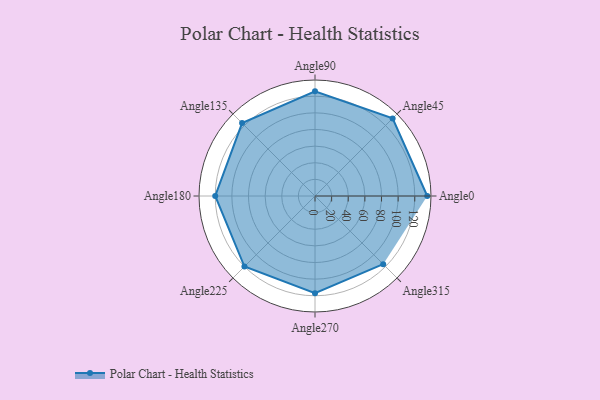
{"axis": {"x": "Angle", "y": "Radius"}, "legend": [""], "data": [{"x": "Angle0", "y": 135.0, "type": ""}, {"x": "Angle45", "y": 132.0, "type": ""}, {"x": "Angle90", "y": 126.0, "type": ""}, {"x": "Angle135", "y": 124.0, "type": ""}, {"x": "Angle180", "y": 120.0, "type": ""}, {"x": "Angle225", "y": 120.0, "type": ""}, {"x": "Angle270", "y": 117.0, "type": ""}, {"x": "Angle315", "y": 116.0, "type": ""}]}